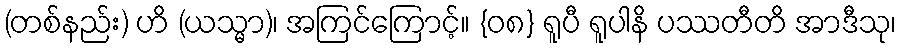
(တစ်နည်း) ဟိ (ယသ္မာ)၊ အကြင်ကြောင့်။ {၀၈} ရူပီ ရူပါနိ ပဿတီတိ အာဒီသု၊